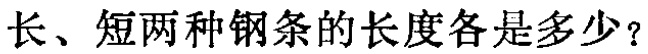
长、短两种钢条的长度各是多少？